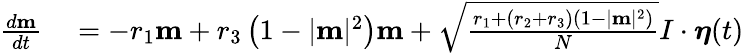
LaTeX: \begin{array}{rl}{\frac{d\mathbf{m}}{dt}}&{{}=-r_{1}\mathbf{m}+r_{3}\left(1-|\mathbf{m}|^{2}\right)\mathbf{m}+\sqrt{\frac{r_{1}+(r_{2}+r_{3})\left(1-|\mathbf{m}|^{2}\right)}{N}}I\cdot\boldsymbol{\eta}(t)}\end{array}